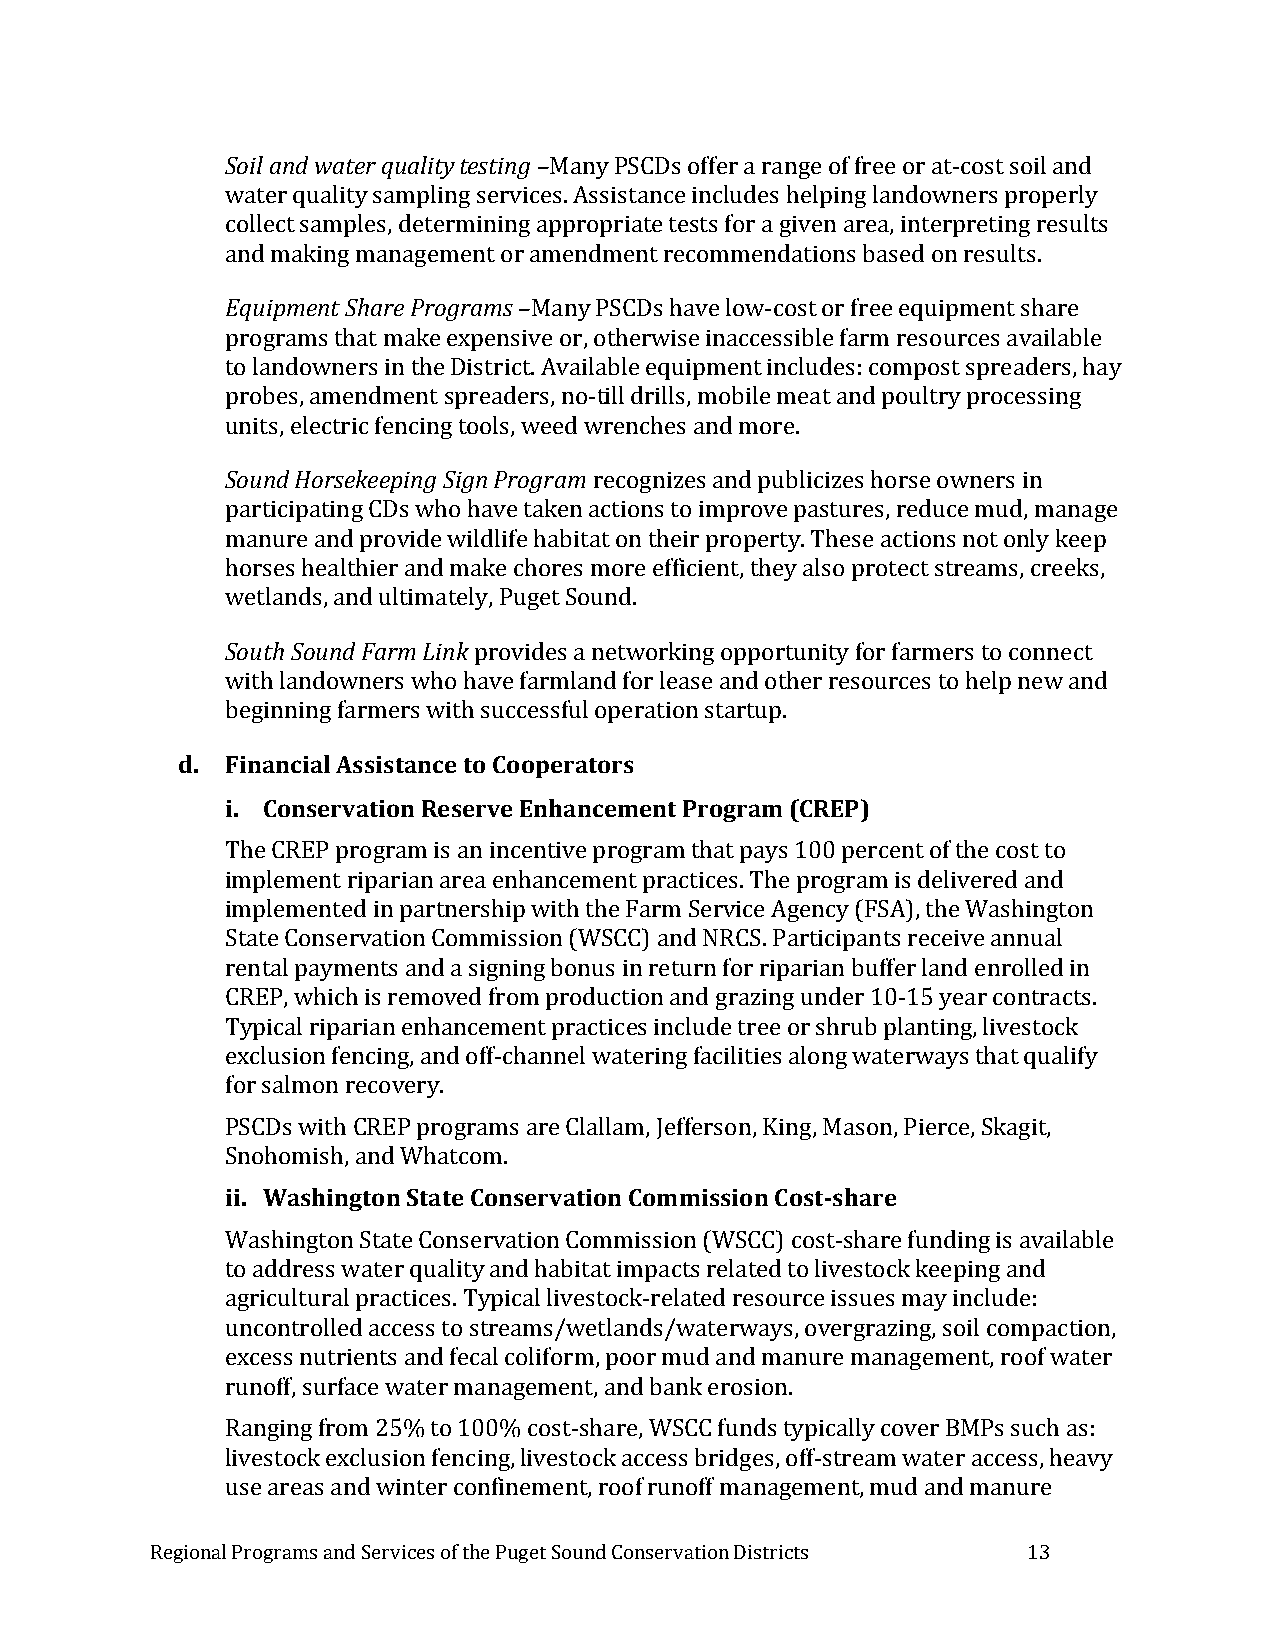
Soil and water quality testing –Many PSCDs offer a range of free or at-cost soil and
 water quality sampling services. Assistance includes helping landowners properly
 collect samples, determining appropriate tests for a given area, interpreting results
 and making management or amendment recommendations based on results.
 Equipment Share Programs –Many PSCDs have low-cost or free equipment share
 programs that make expensive or, otherwise inaccessible farm resources available
 to landowners in the District. Available equipment includes: compost spreaders, hay
 probes, amendment spreaders, no-till drills, mobile meat and poultry processing
 units, electric fencing tools, weed wrenches and more.
 Sound Horsekeeping Sign Program recognizes and publicizes horse owners in
 participating CDs who have taken actions to improve pastures, reduce mud, manage
 manure and provide wildlife habitat on their property. These actions not only keep
 horses healthier and make chores more efficient, they also protect streams, creeks,
 wetlands, and ultimately, Puget Sound.
 South Sound Farm Link provides a networking opportunity for farmers to connect
 with landowners who have farmland for lease and other resources to help new and
 beginning farmers with successful operation startup.
 d. Financial Assistance to Cooperators
 i. Conservation Reserve Enhancement Program (CREP)
 The CREP program is an incentive program that pays 100 percent of the cost to
 implement riparian area enhancement practices. The program is delivered and
 implemented in partnership with the Farm Service Agency (FSA), the Washington
 State Conservation Commission (WSCC) and NRCS. Participants receive annual
 rental payments and a signing bonus in return for riparian buffer land enrolled in
 CREP, which is removed from production and grazing under 10-15 year contracts.
 Typical riparian enhancement practices include tree or shrub planting, livestock
 exclusion fencing, and off-channel watering facilities along waterways that qualify
 for salmon recovery.
 PSCDs with CREP programs are Clallam, Jefferson, King, Mason, Pierce, Skagit,
 Snohomish, and Whatcom.
 ii. Washington State Conservation Commission Cost-share
 Washington State Conservation Commission (WSCC) cost-share funding is available
 to address water quality and habitat impacts related to livestock keeping and
 agricultural practices. Typical livestock-related resource issues may include:
 uncontrolled access to streams/wetlands/waterways, overgrazing, soil compaction,
 excess nutrients and fecal coliform, poor mud and manure management, roof water
 runoff, surface water management, and bank erosion.
 Ranging from 25% to 100% cost-share, WSCC funds typically cover BMPs such as:
 livestock exclusion fencing, livestock access bridges, off-stream water access, heavy
 use areas and winter confinement, roof runoff management, mud and manure
 Regional Programs and Services of the Puget Sound Conservation Districts 13